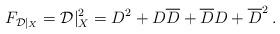
LaTeX: \begin{align*}F_{{\cal D}\vert_X}={\cal D}\vert^2_X=D^2+D\overline D+\overline D D+\overline D^2\:.\end{align*}